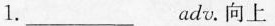
1.___adv.向上